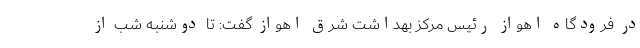
در فرودگاه اهواز رئیس مرکز بهداشت شرق اهواز گفت: تا دوشنبه شب از